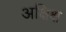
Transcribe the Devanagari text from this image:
अक्षिक्ष